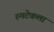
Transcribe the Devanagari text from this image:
रुमटेकला